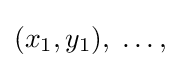
(x_{1},y_{1}),\;\ldots ,\;